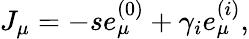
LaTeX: J_{\mu}=-se_{\mu}^{(0)}+\gamma_{i}e_{\mu}^{(i)},